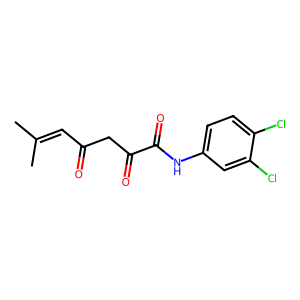
SMILES: CC(C)=CC(=O)CC(=O)C(=O)Nc1ccc(Cl)c(Cl)c1
Inhibits HIV replication: No